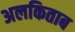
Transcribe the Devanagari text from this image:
अलकिताब